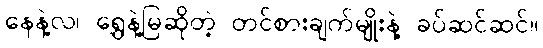
နေနဲ့လ၊ ရွှေနဲ့မြဆိုတဲ့ တင်စားချက်မျိုးနဲ့ ခပ်ဆင်ဆင်။